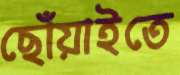
ছোঁয়াইতে